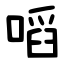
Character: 㗖